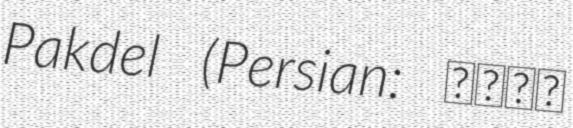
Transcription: Pakdel (Persian: حامد